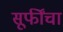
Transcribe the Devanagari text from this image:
सूफींचा